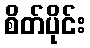
စိတ်ပိုင်း